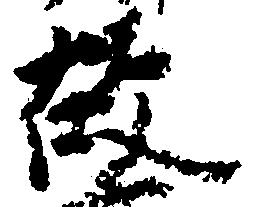
故